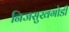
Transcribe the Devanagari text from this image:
निजसुखगोडी